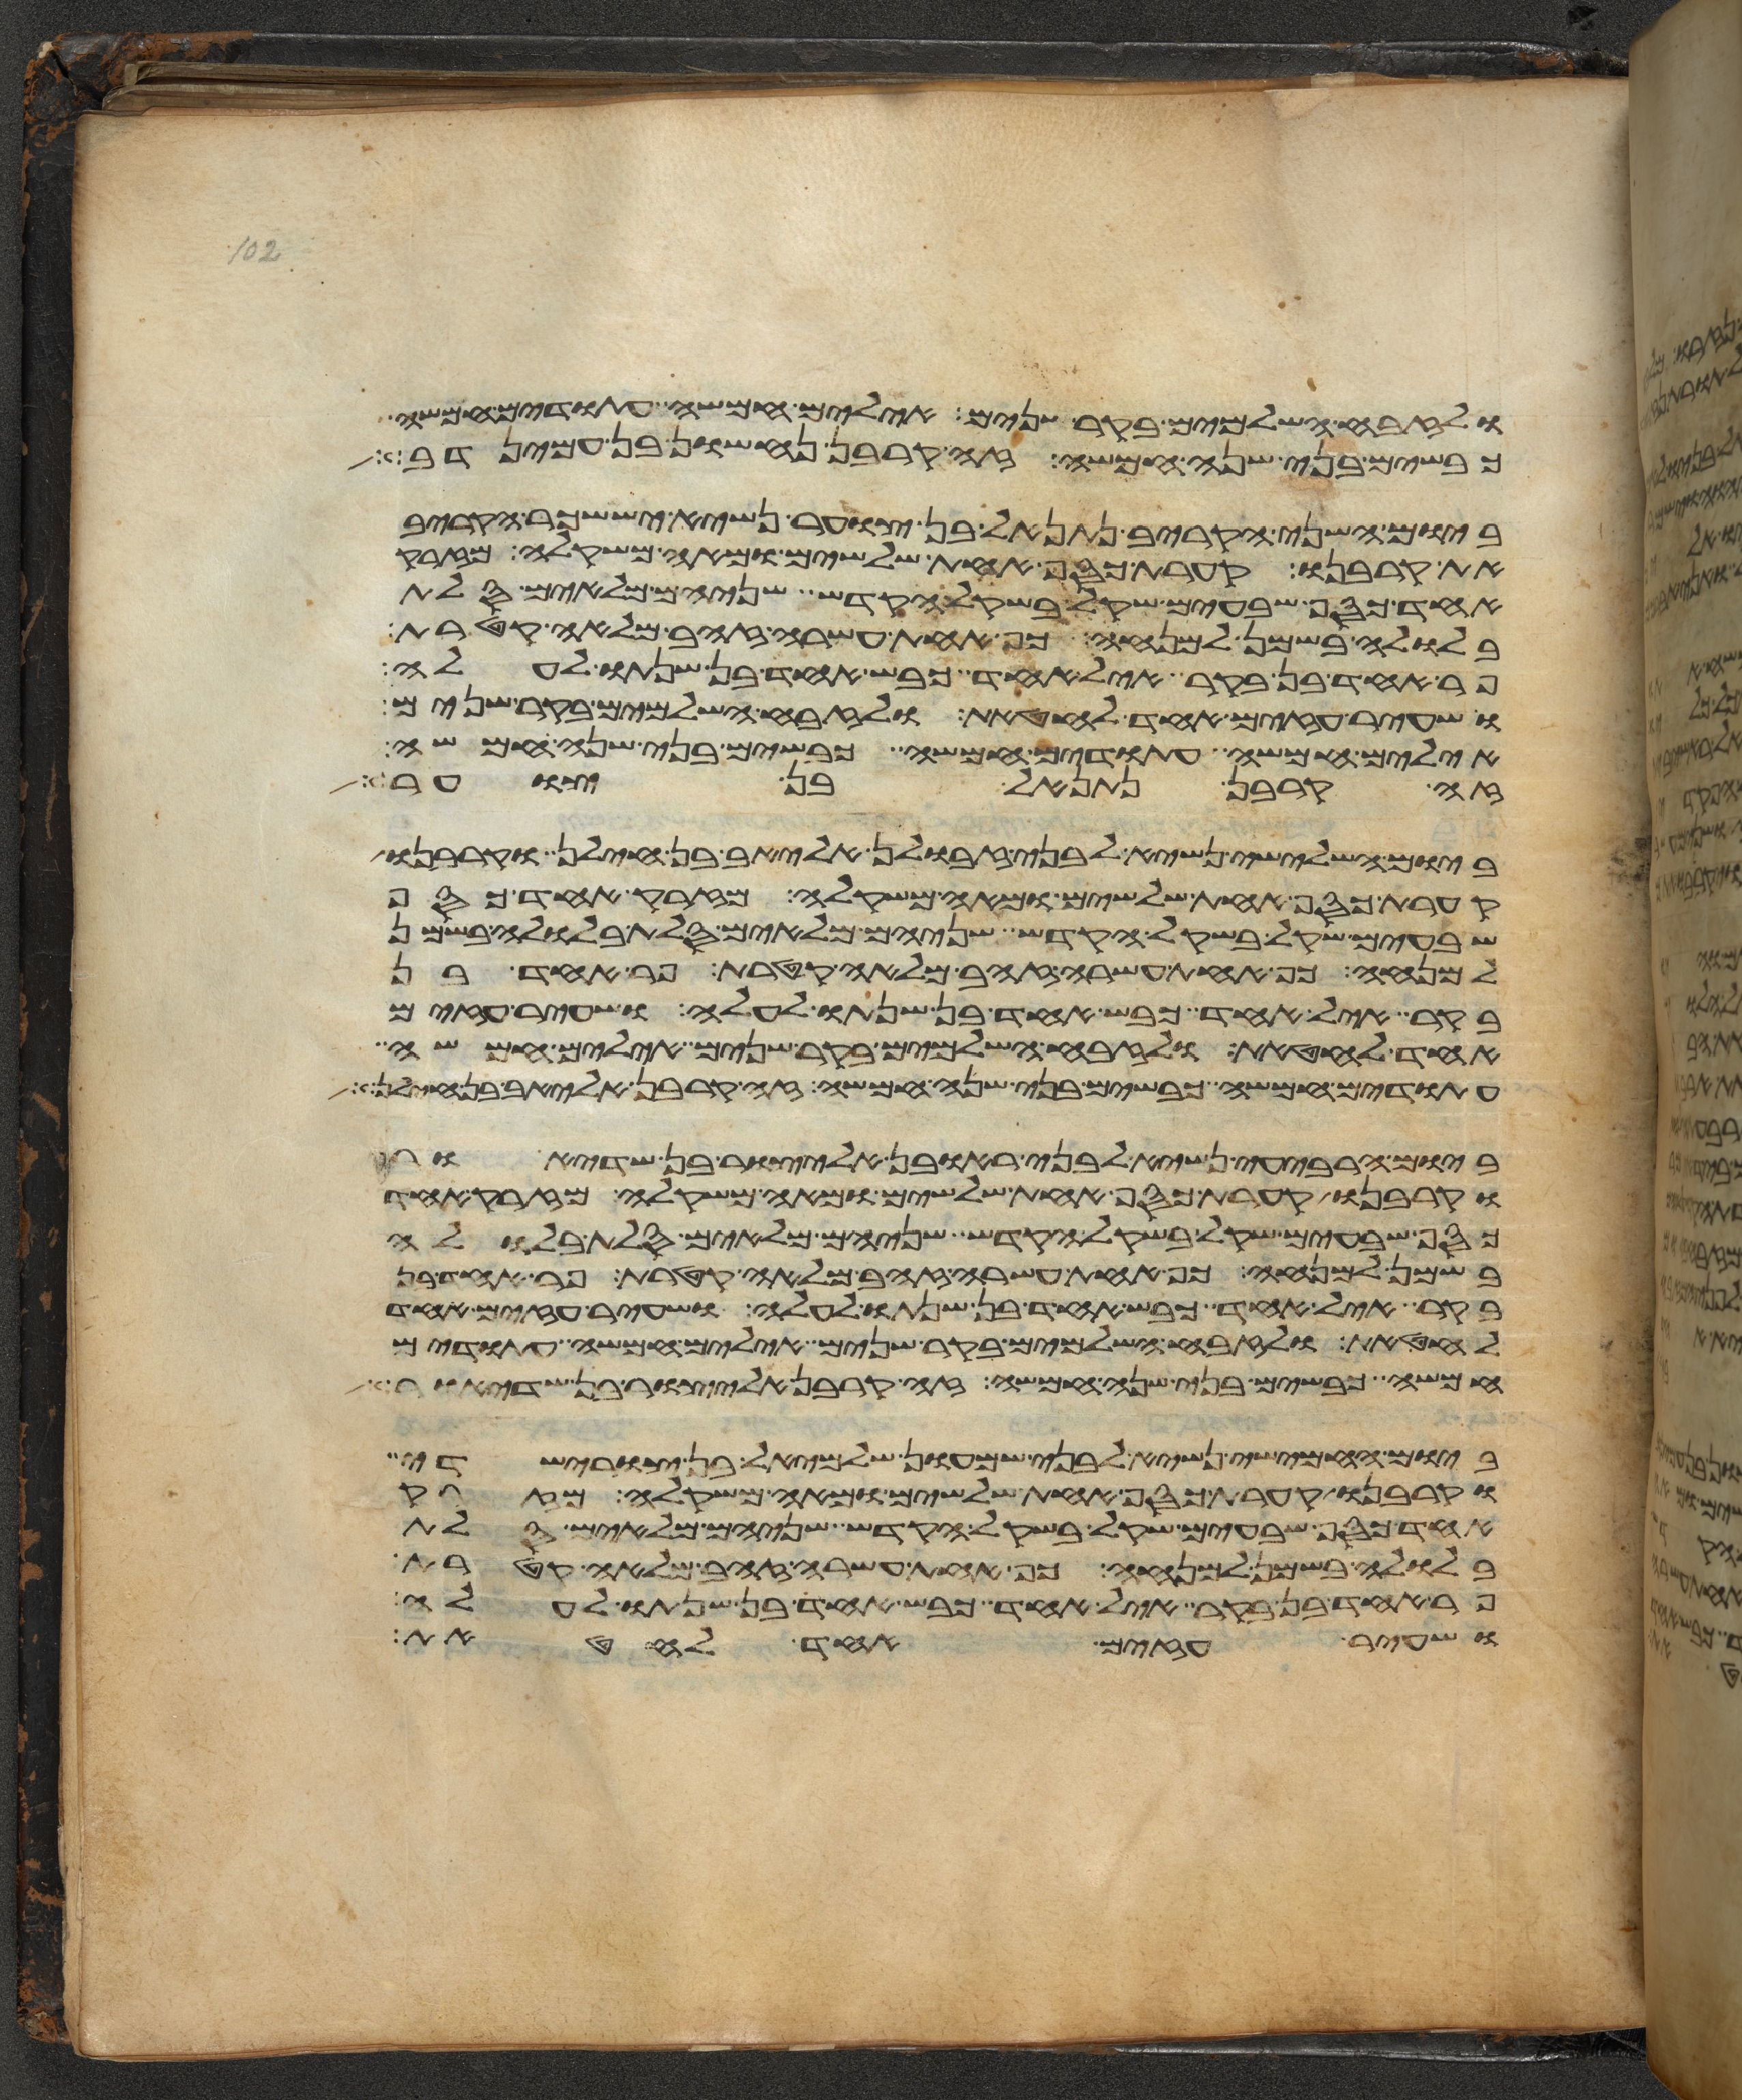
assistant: ולזבח השלמים בקר שנים אילים חמשה עתודים חמשה
כבשים בני שנה חמשה זה קרבן נחשון בן עמינדב
ביום השני הקריב נתנאל בן צוער נשיא יששכר הקריב
את קרבנו קערת כסף אחת שלשים ומאה משקלה מזרק
אחד כסף שבעים שקל בשקל הקדש שניהם מלאים סלת
בלולה בשמן למנחה כף אחת עשרה זהב מלאה קטרת
פר אחד בן בקר איל אחד כבש אחד בן שנתו לעלה
ושעיר עזים אחד לחטאת ולזבח השלמים בקר שנים
אילים חמשה עתודים חמשה כבשים בני שנה חמשה
זה קרבן נתנאל בן צוער
ביום השלישי נשיא לבני זבולן אליאב בן חילן וקרבנו
קערת כסף אחת שלשים ומאה משקלה מזרק אחד כסף
שבעים שקל בשקל הקדש שניהם מלאים סלת בלולה בשמן
למנחה כף אחת עשרה זהב מלאה קטרת פר אחד בן
בקר איל אחד כבש אחד בן שנתו לעלה ושעיר עזים
אחד לחטאת ולזבח השלמים בקר שנים אילים חמשה
עתודים חמשה כבשים בני שנה חמשה זה קרבן אליאב בן חילן
ביום הרביעי נשיא לבני ראובן אליצור בן שדיאור
וקרבנו קערת כסף אחת שלשים ומאה משקלה מזרק אחד
כסף שבעים שקל בשקל הקדש שניהם מלאים סלת בלולה
בשמן למנחה כף אחת עשרה זהב מלאה קטרת פר אחד בן
בקר איל אחד כבש אחד בן שנתו לעלה ושעיר עזים אחד
לחטאת ולזבח השלמים בקר שנים אילים חמשה עתודים
חמשה כבשים בני שנה חמשה זה קרבן אליצור בן שדיאור
ביום החמישי נשיא לבני שמעון שלמיאל בן צורישדי
וקרבנו קערת כסף אחת שלשים ומאה משקלה מזרק
אחד כסף שבעים שקל בשקל הקדש שניהם מלאים סלת
בלולה בשמן למנחה כף אחת עשרה זהב מלאה קטרת
פר אחד בן בקר איל אחד כבש אחד בן שנתו לעלה
ושעיר עזים אחד לחטאת